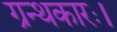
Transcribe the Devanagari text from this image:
ग्रन्थकारः।